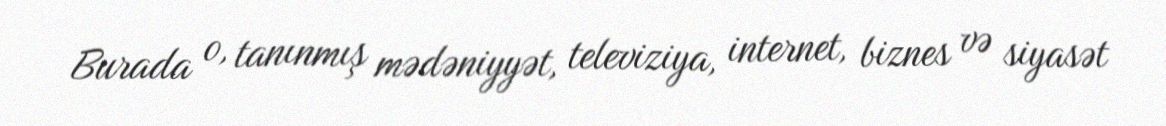
Burada o, tanınmış mədəniyyət, televiziya, internet, biznes və siyasət